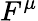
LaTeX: F^{\mu}